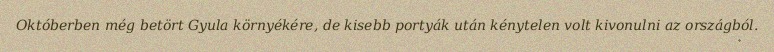
Októberben még betört Gyula környékére, de kisebb portyák után kénytelen volt kivonulni az országból.